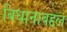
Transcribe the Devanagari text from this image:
विधानाबद्दल